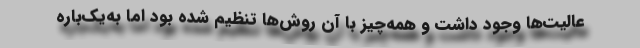
عالیت‌ها وجود داشت و همه‌چیز با آن روش‌ها تنظیم شده بود اما به‌یک‌باره